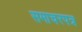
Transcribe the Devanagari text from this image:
समाचरपत्र